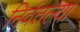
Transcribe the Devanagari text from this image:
निर्वतल्या